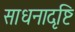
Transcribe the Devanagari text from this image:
साधनादृष्टि